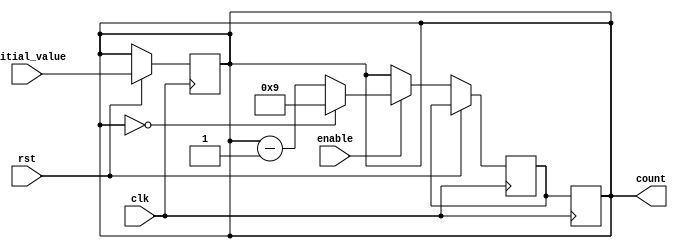
module bcd_down_counter(
    input wire clk,
    input wire rst,
    input wire enable,
    input wire [3:0] initial_value,
    output reg [3:0] count
);

reg [3:0] next_count;

always @ (posedge clk) begin
    if (rst) begin
        count <= initial_value;
    end else begin
        if (enable) begin
            if (count == 4'b0000) begin
                next_count <= 4'b1001;
            end else begin
                next_count <= count - 4'b0001;
            end
        end else begin
            next_count <= count;
        end
    end
end

always @ (posedge clk) begin
    count <= next_count;
end

endmodule